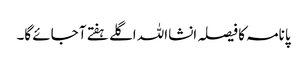
پانامہ کا فیصلہ انشااللہ اگلے ہفتے آ جائے گا۔